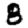
Digit: 8